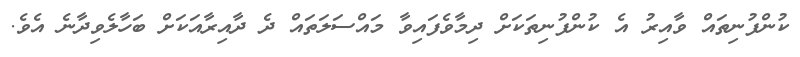
ކުންފުނިތައް ވާއިރު އެ ކުންފުނިތަކަށް ދިމާވެފައިވާ މައްސަލަތައް ދެ ދާއިރާއަކަށް ބަހާލެވިދާނެ އެވެ.